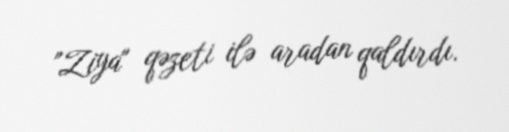
"Ziya" qəzeti ilə aradan qaldırdı.